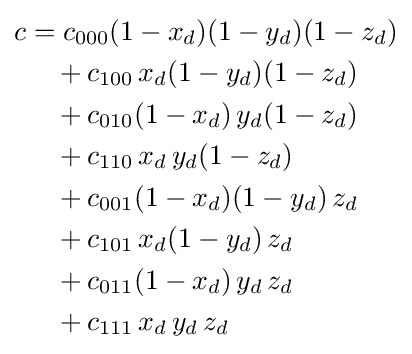
{\begin{aligned}c&=c_{000}(1-x_{d})(1-y_{d})(1-z_{d})\\&\quad +c_{100}\,x_{d}(1-y_{d})(1-z_{d})\\&\quad +c_{010}(1-x_{d})\,y_{d}(1-z_{d})\\&\quad +c_{110}\,x_{d}\,y_{d}(1-z_{d})\\&\quad +c_{001}(1-x_{d})(1-y_{d})\,z_{d}\\&\quad +c_{101}\,x_{d}(1-y_{d})\,z_{d}\\&\quad +c_{011}(1-x_{d})\,y_{d}\,z_{d}\\&\quad +c_{111}\,x_{d}\,y_{d}\,z_{d}\end{aligned}}